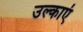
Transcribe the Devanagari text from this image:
उल्काएं